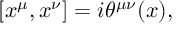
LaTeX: [ x ^ { \mu } , x ^ { \nu } ] = i \theta ^ { \mu \nu } ( x ) ,